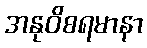
အနုဝိစရမာနာ